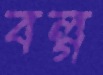
বল্গ